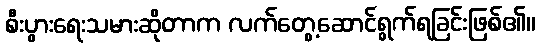
စီးပွားရေးသမားဆိုတာက လက်တွေ့ဆောင်ရွက်ရခြင်းဖြစ်၏။